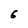
Character: 6